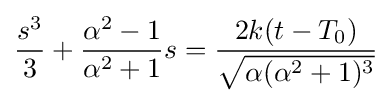
{\frac {s^{3}}{3}}+{\frac {\alpha ^{2}-1}{\alpha ^{2}+1}}s={\frac {2k(t-T_{0})}{\sqrt {\alpha (\alpha ^{2}+1)^{3}}}}